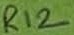
Text: R12